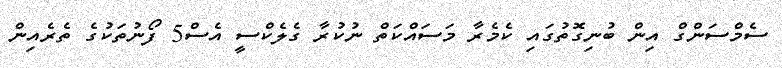
ސެމްސަންގް އިން ބުނިގޮތުގައި ކެމެރާ މަސައްކަތް ނުކުރާ ގެލެކްސީ އެސް5 ފޯނުތަކުގެ ތެރެއިން